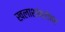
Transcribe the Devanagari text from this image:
खलाशांबरोबर